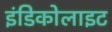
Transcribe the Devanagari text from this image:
इंडिकोलाइट